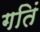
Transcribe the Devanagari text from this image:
गतिं